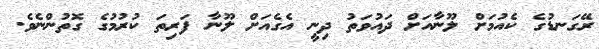
ރޭގަނޑުގެ ކެއުމަށް ލޫނާއަށް ދައުވަތު ދިނީ އެގެއަށް ލޫނާ ފަރިތަ ކުރުމުގެ ގޮތުންނެވެ.